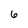
Character: 6